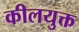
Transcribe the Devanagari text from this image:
कीलयुक्त